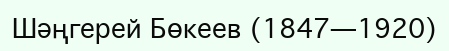
Шәңгерей Бөкеев (1847—1920)